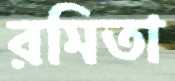
রমিতা